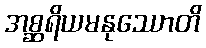
အစ္ဆရိယမနုဿောတိ